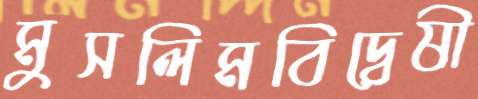
মুসলিমবিদ্বেষী